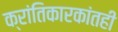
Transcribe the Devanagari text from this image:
क्रांतिकारकांतही